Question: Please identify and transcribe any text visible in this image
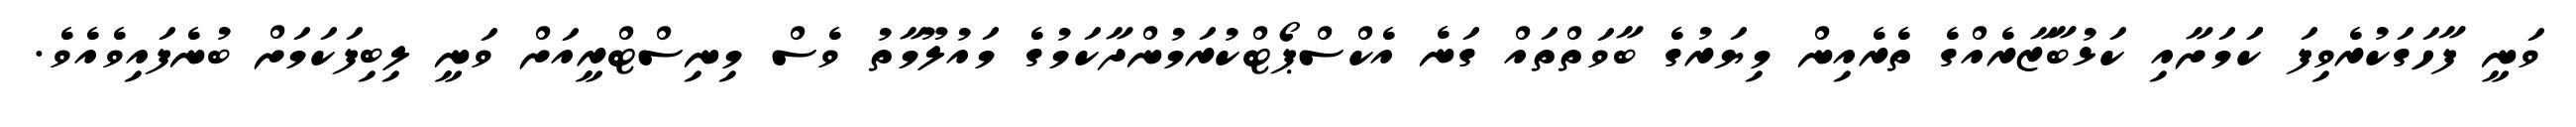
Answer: ވަނީ ފާހަގަކުރެވިފަ ކަަމަށާއި ކަޅުބާޒާރެއްގެ ތެރެއިން މިޔަރުގެ ބާވަތްތައް ގަނެ އެކްސްޕޯޓްކުރަމުންދާކަމުގެ މައުލޫމާތު ވެސް މިނިސްޓްރީއަށް ވަނީ ލިބިފަކަމަށް ބުނެފައިވެއެވެ.